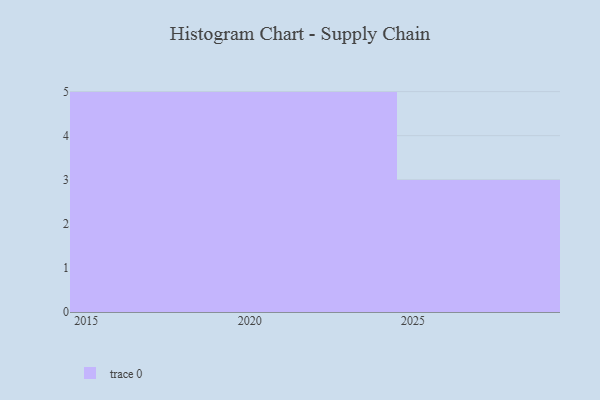
{"axis": {"x": "Year", "y": "Latency (ms)"}, "legend": [""], "data": [{"x": "2027", "y": 11, "type": ""}, {"x": "2018", "y": 71, "type": ""}, {"x": "2026", "y": 93, "type": ""}, {"x": "2023", "y": 53, "type": ""}, {"x": "2020", "y": 68, "type": ""}, {"x": "2021", "y": 11, "type": ""}, {"x": "2015", "y": 8, "type": ""}, {"x": "2017", "y": 61, "type": ""}, {"x": "2019", "y": 69, "type": ""}, {"x": "2022", "y": 11, "type": ""}, {"x": "2016", "y": 85, "type": ""}, {"x": "2029", "y": 53, "type": ""}, {"x": "2024", "y": 80, "type": ""}]}